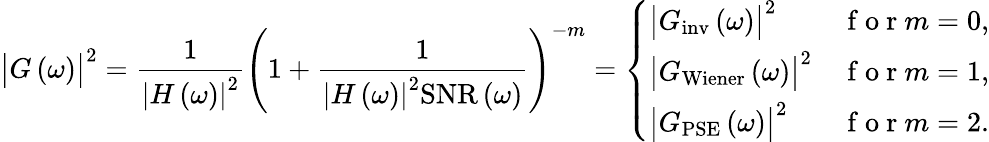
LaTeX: \bigl|G\left(\omega\right)\bigr|^{2}=\frac{1}{\left|H\left(\omega\right)\right|^{2}}\left(1+\frac{1}{\left|H\left(\omega\right)\right|^{2}\mathrm{SNR}\left(\omega\right)}\right)^{-m}=\left\{ \begin{array}{ll}{\bigl|G_{\mathrm{inv}}\left(\omega\right)\bigr|^{2}}&{\mathrm{~f~o~r~}m=0,}\\ {\bigl|G_{\mathrm{Wiener}}\left(\omega\right)\bigr|^{2}}&{\mathrm{~f~o~r~}m=1,}\\ {\bigl|G_{\mathrm{PSE}}\left(\omega\right)\bigr|^{2}}&{\mathrm{~f~o~r~}m=2.}\end{array}\right.